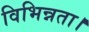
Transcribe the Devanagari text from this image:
विभिन्नता।